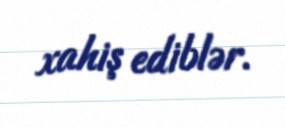
xahiş ediblər.